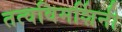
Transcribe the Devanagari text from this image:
तत्वविमर्शिनी